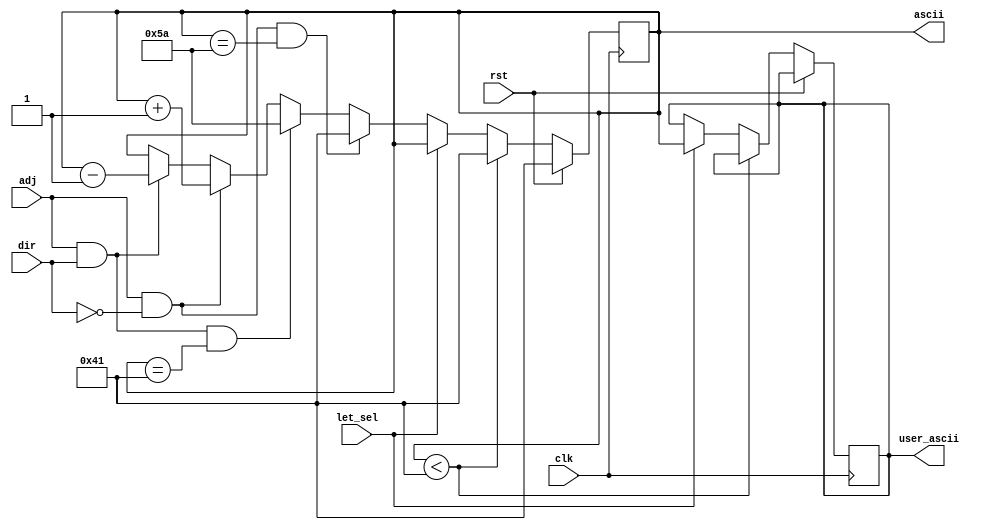
`timescale 1ns / 1ps
//////////////////////////////////////////////////////////////////////////////////
// Company: 
// Engineer: 
// 
// Design Name: 
// Module Name:    letter_sel 
// Project Name: 
// Target Devices: 
// Tool versions: 
// Description: 
//
// Dependencies: 
//
// Revision: 
// Revision 0.01 - File Created
// Additional Comments: 
//
//////////////////////////////////////////////////////////////////////////////////
module letter_sel(input clk,
						input rst,
						input adj,
						input dir,
						input let_sel,
						output reg[6:0] ascii,
						output reg[6:0] user_ascii
    );
	 
	 always @(posedge clk) begin
		if(rst == 1)
			ascii <= 7'b1000001;
		else if(ascii < 7'b1000001)
			ascii <= 7'b1000001;
		else if (let_sel)
			user_ascii <= ascii;
		else if(adj == 1 && dir == 0 && ascii == 7'b1011010)
			ascii <= 7'b1000001;
		else if(adj == 1 && dir == 1 && ascii == 7'b1000001)
			ascii <= 7'b1011010;
		else if(adj == 1 && dir == 0)
			ascii <= ascii + 1;
		else if (adj == 1 && dir == 1)
			ascii <= ascii - 1;
		else if (adj == 0 && dir == 0)
			ascii <= ascii;
			
	 end


endmodule